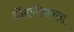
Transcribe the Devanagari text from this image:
नोंदणीकरता